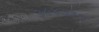
૩૯૪૭૩૦